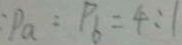
: P _ { a } : P _ { 6 } = 4 : 1